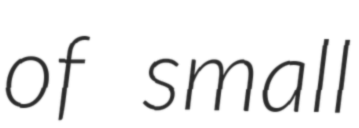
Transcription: of small